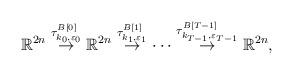
LaTeX: \begin{align*}\mathbb{R}^{2n}\buildrel \tau^{B[0]}_{k_0,\varepsilon_0} \over \rightarrow\mathbb{R}^{2n}\buildrel \tau^{B[1]}_{k_{1},\varepsilon_{1}}\over\rightarrow\cdots\buildrel \tau^{B[T-1]}_{k_{T-1},\varepsilon_{T-1}}\over \rightarrow\mathbb{R}^{2n},\end{align*}